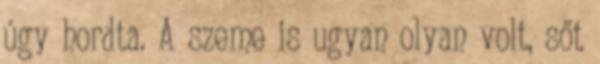
úgy hordta. A szeme is ugyan olyan volt, sőt